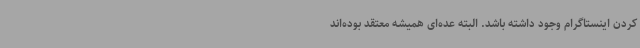
کردن اینستاگرام وجود داشته باشد. البته عده‌ای همیشه معتقد بوده‌اند